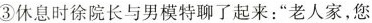
③休息时徐院长与男模特聊了起来：”老人家，您